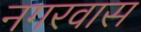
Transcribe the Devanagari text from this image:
नगरवास